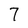
Character: 7